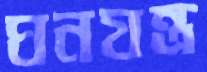
ঘনযন্ত্র